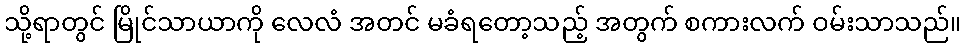
သို့ရာတွင် မြိုင်သာယာကို လေလံ အတင် မခံရတော့သည့် အတွက် စကားလက် ဝမ်းသာသည်။